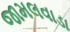
જામલવાડા